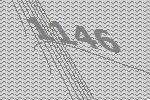
1146